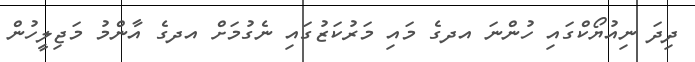
ދިދަ ނިއުޔޯކްގައި ހުންނަ އދގެ މައި މަރުކަޒުގައި ނެގުމަށް އދގެ އާންމު މަޖިލީހުން